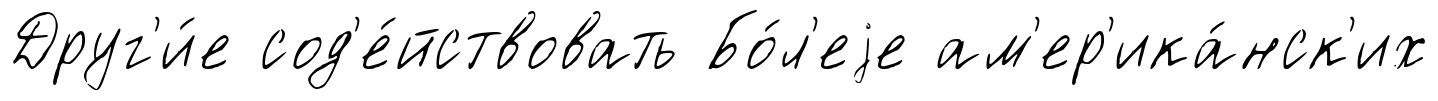
Друг'и́е сод'е́йствовать Бо́л'еjе ам'ер'ика́нск'их